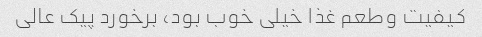
کیفیت و‌طعم غذا خیلی خوب بود، برخورد پیک عالی